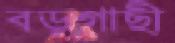
বড়গাছী